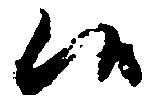
候